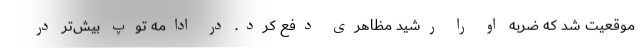
موقعیت شد که ضربه او را رشید مظاهری دفع کرد. در ادامه توپ بیش‌تر در